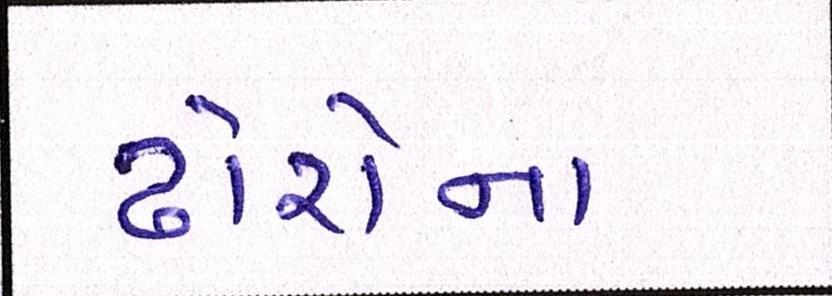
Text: ઢોરોના